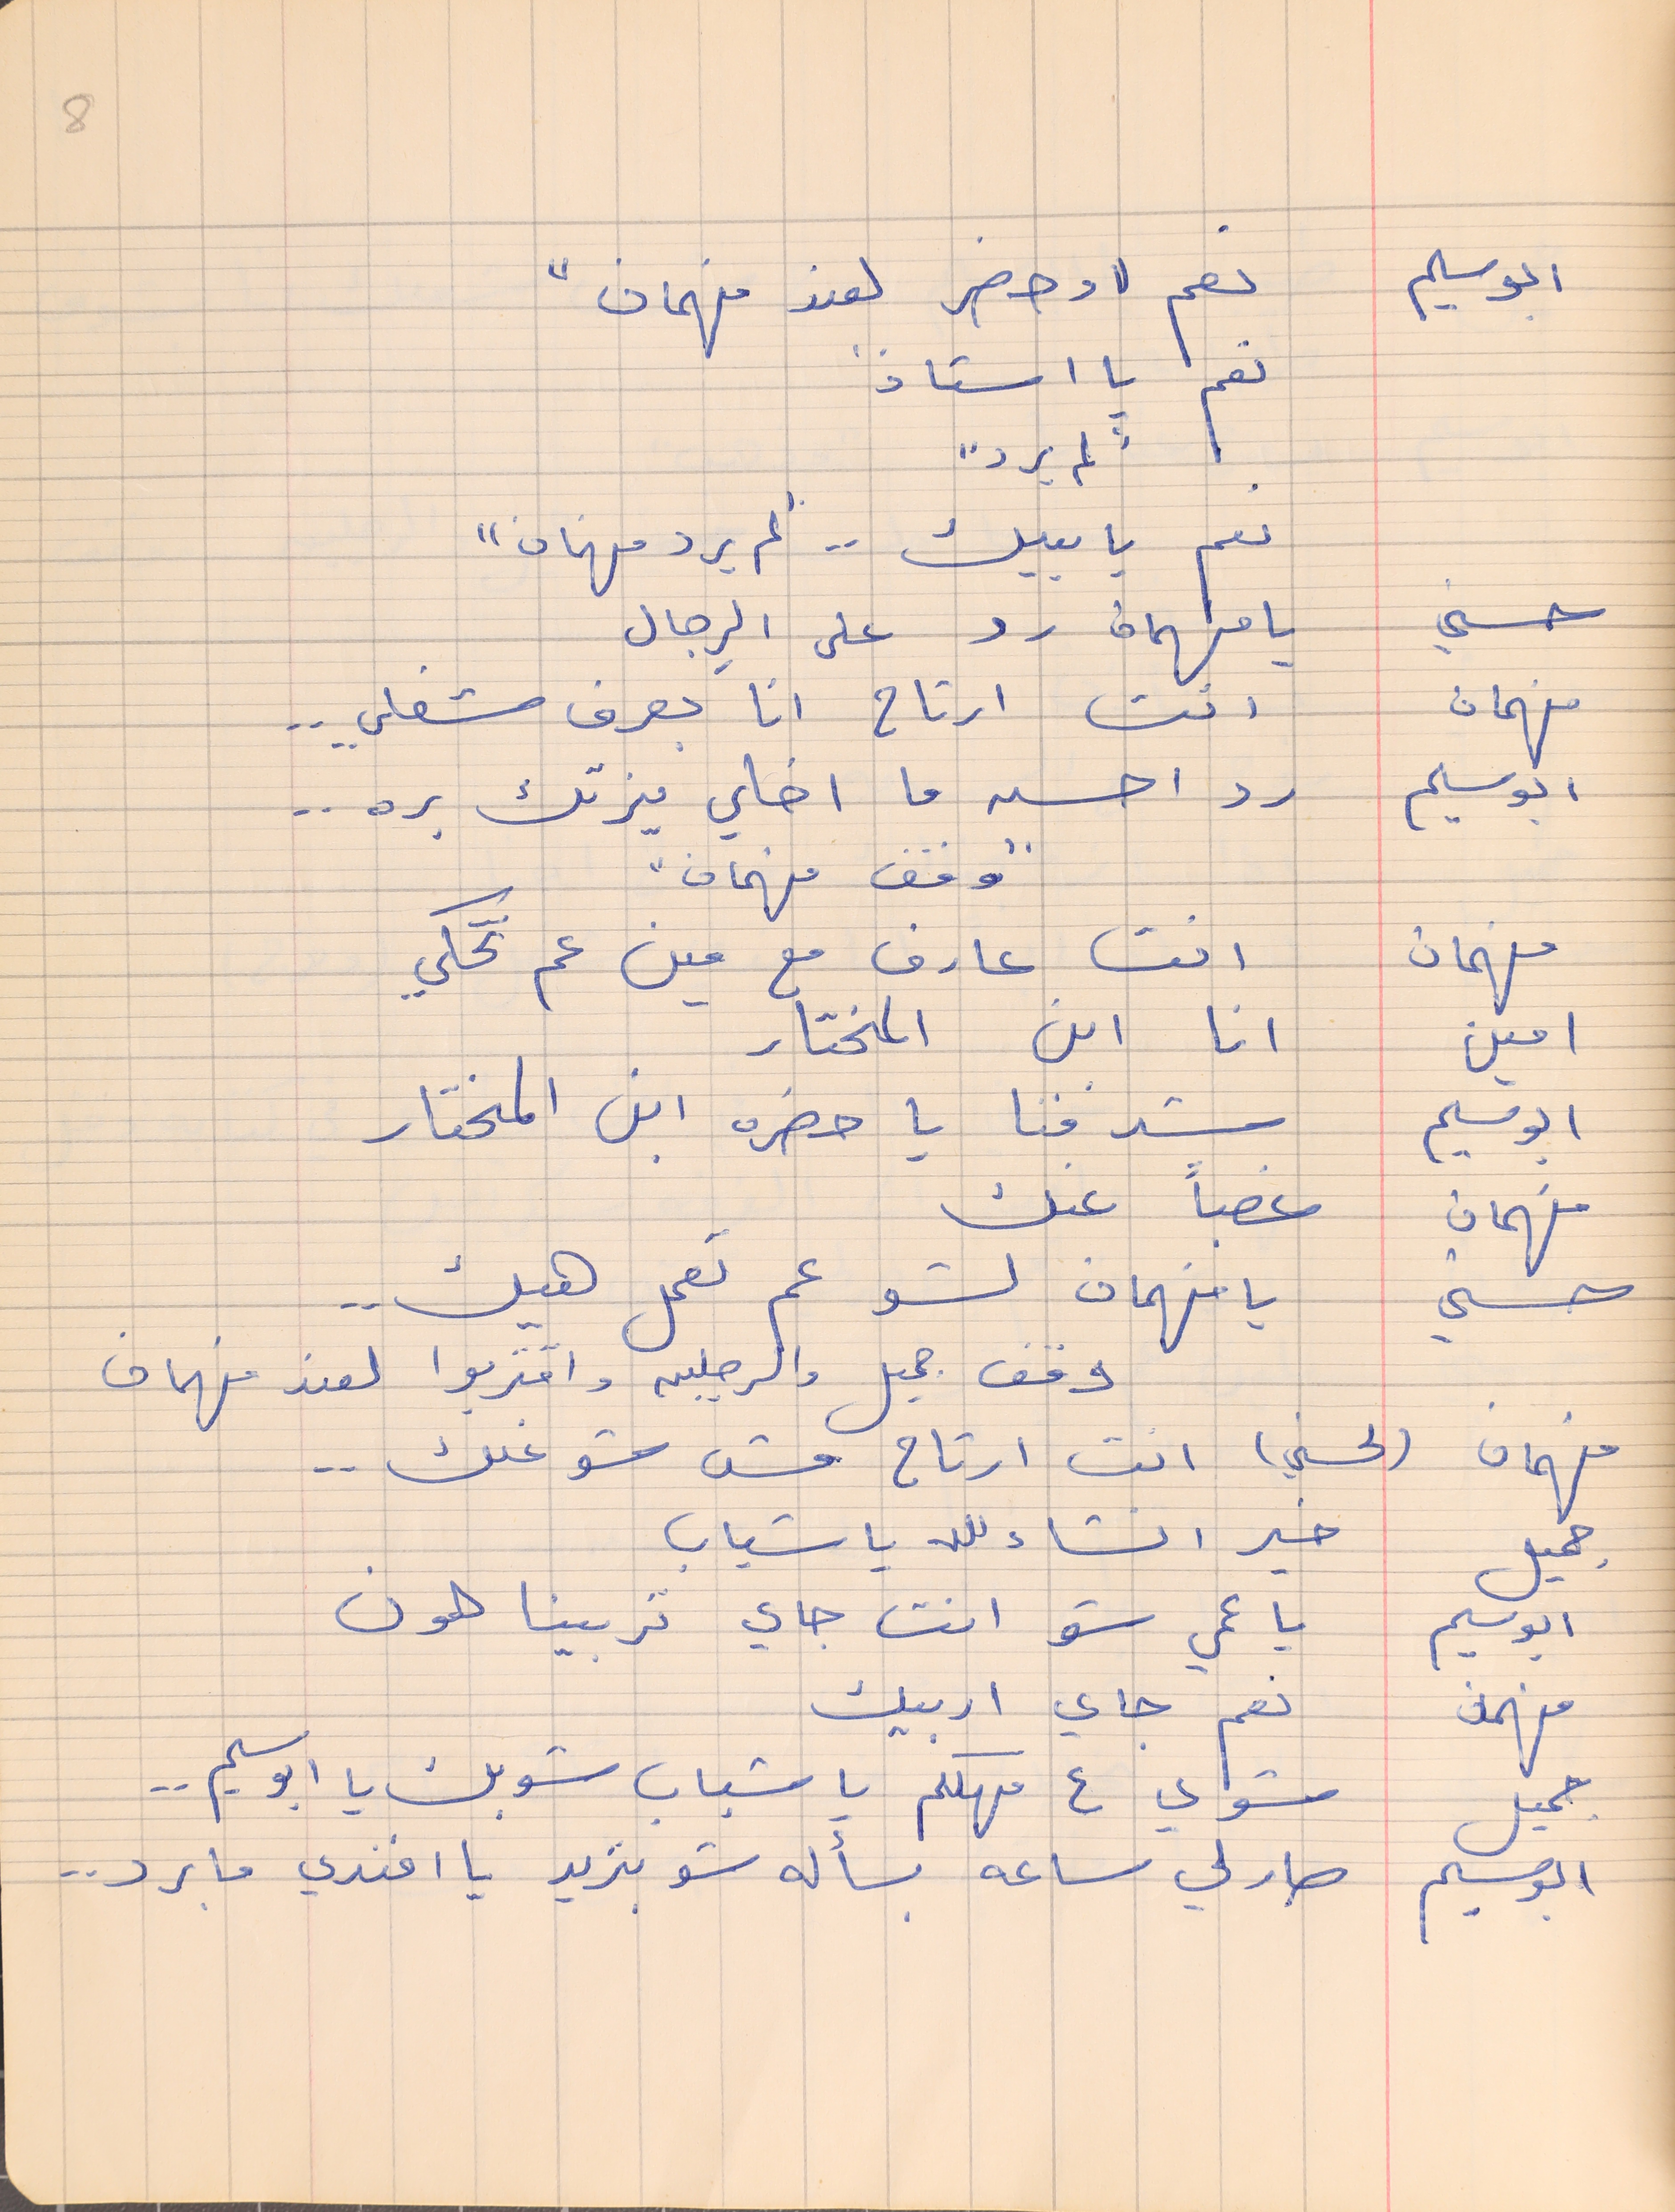
ابو سليم     نعم "وحضر لعند فهمان"
نعم يا استاذ
نعم يا بيك . . "لم يرد فهمان"
حسني     يا فهمان رد على الرِجال
فهمان    انت ارتاح انا بعرف شغلي . . .
ابو سليم    رد احسن ما اخلي يزتك بره . .
" وقف فهمان "
فهمان     انت عارف مع مين عم تحكي
امين     انا ابن المختار
ابو سليم     شرفنا يا حضره ابن المختار
فهمان      غصباً عنك
حسني     يا فهمان لشو عم تعمل هيك . .
فهمان    (لحسني) انت ارتاح مش شوغلك  . .
جميل    خير انشاء الله يا شباب
ابو سليم     يا عمي شو انت جاي تربينا هون
فهمان      نعم جاي اربيك
جميل      شوي ع مهلكم يا شباب شو بك يا ابو سليم . .
ابو سليم     صار لي ساعه بسأله شو بتريد يا افندي ما برد . .
8
"لم يرد"
وقف جميل  والرجلين واقتربوا لعند فهمان